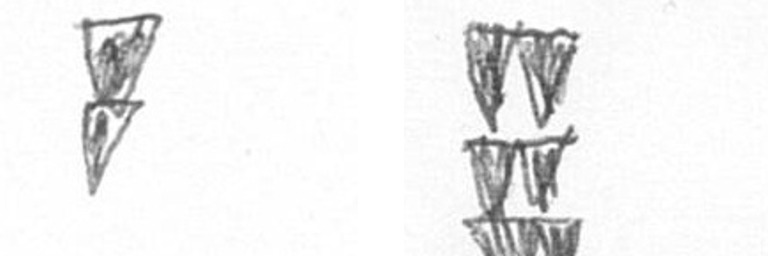
Z Y